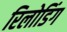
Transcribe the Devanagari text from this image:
रिलोडिंग